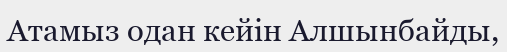
Атамыз одан кейін Алшынбайды,